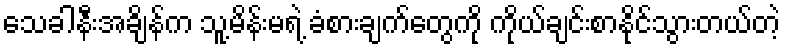
သေခါနီးအချိန်က သူ့မိန်းမရဲ့ ခံစားချက်တွေကို ကိုယ်ချင်းစာနိုင်သွားတယ်တဲ့